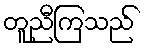
တူညီကြသည်